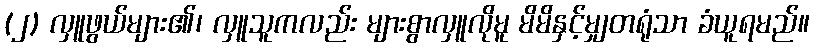
(၂) လှူဖွယ်များ၏၊ လှူသူကလည်း များစွာလှူလိုမူ မိမိနှင့်မျှတရုံသာ ခံယူရမည်။